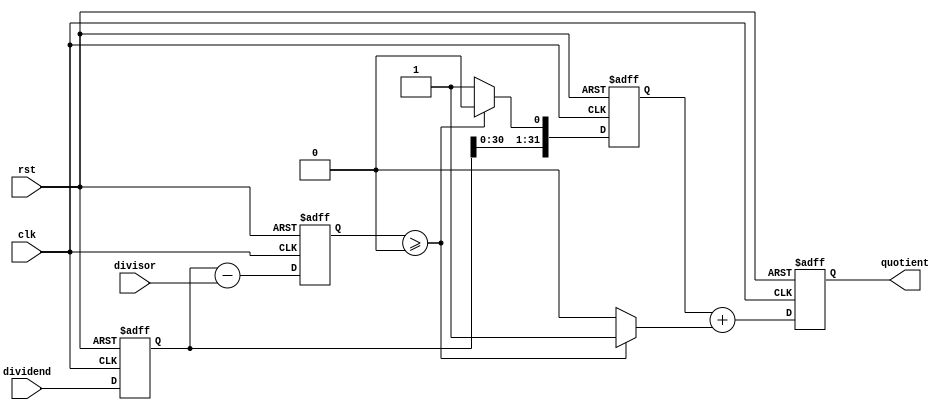
module pipelined_divider(
    input wire clk,
    input wire rst,
    input wire [31:0] dividend,
    input wire [31:0] divisor,
    output reg [31:0] quotient
);

reg [31:0] result [3:0];

always @ (posedge clk or posedge rst) begin
    if (rst) begin
        result[0] <= 0;
        result[1] <= 0;
        result[2] <= 0;
        result[3] <= 0;
        quotient <= 0;
    end else begin
        // Stage 1: Shifting the divisor to match dividend
        result[0] <= dividend;
        
        // Stage 2: Subtracting the divisor from the shifted dividend
        result[1] <= result[0] - divisor;
        
        // Stage 3: Update quotient based on result of subtraction
        result[2] <= (result[1] >= 0) ? {result[0], 1'b0} : {result[0], 1'b1};
        
        // Stage 4: Increment quotient if result[1] >= 0
        quotient <= result[2] + (result[1] >= 0 ? 1 : 0);
    end
end

endmodule